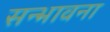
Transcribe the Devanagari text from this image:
सन्भावना